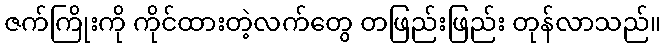
ဇက်ကြိုးကို ကိုင်ထားတဲ့လက်တွေ တဖြည်းဖြည်း တုန်လာသည်။